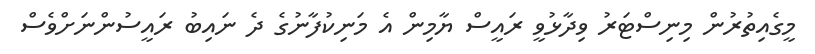
މީގެއިތުރުން މިނިސްޓަރު ވިދާޅުވީ ރައީސް ޔާމިން އެ މަނިކުފާނުގެ ދެ ނައިބު ރައީސުންނަށްވެސް